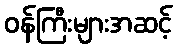
ဝန်ကြီးများအဆင့်